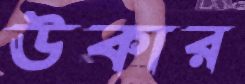
ঊকার